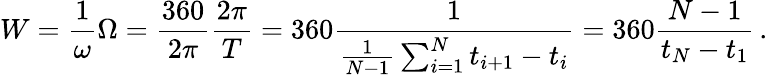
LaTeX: W=\frac{1}{\omega}\Omega=\frac{360}{2\pi}\frac{2\pi}{T}=360\frac{1}{\frac{1}{N-1}\sum_{i=1}^{N}t_{i+1}-t_{i}}=360\frac{N-1}{t_{N}-t_{1}}\, .